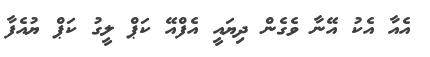
އެއާ އެކު އޭނާ ވެގެން ދިޔައީ އެފްއޭ ކަޕް ލީގު ކަޕް ޔުއެފާ